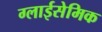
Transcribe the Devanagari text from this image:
ग्लाईसेमिक